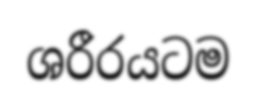
ශරීරයටම